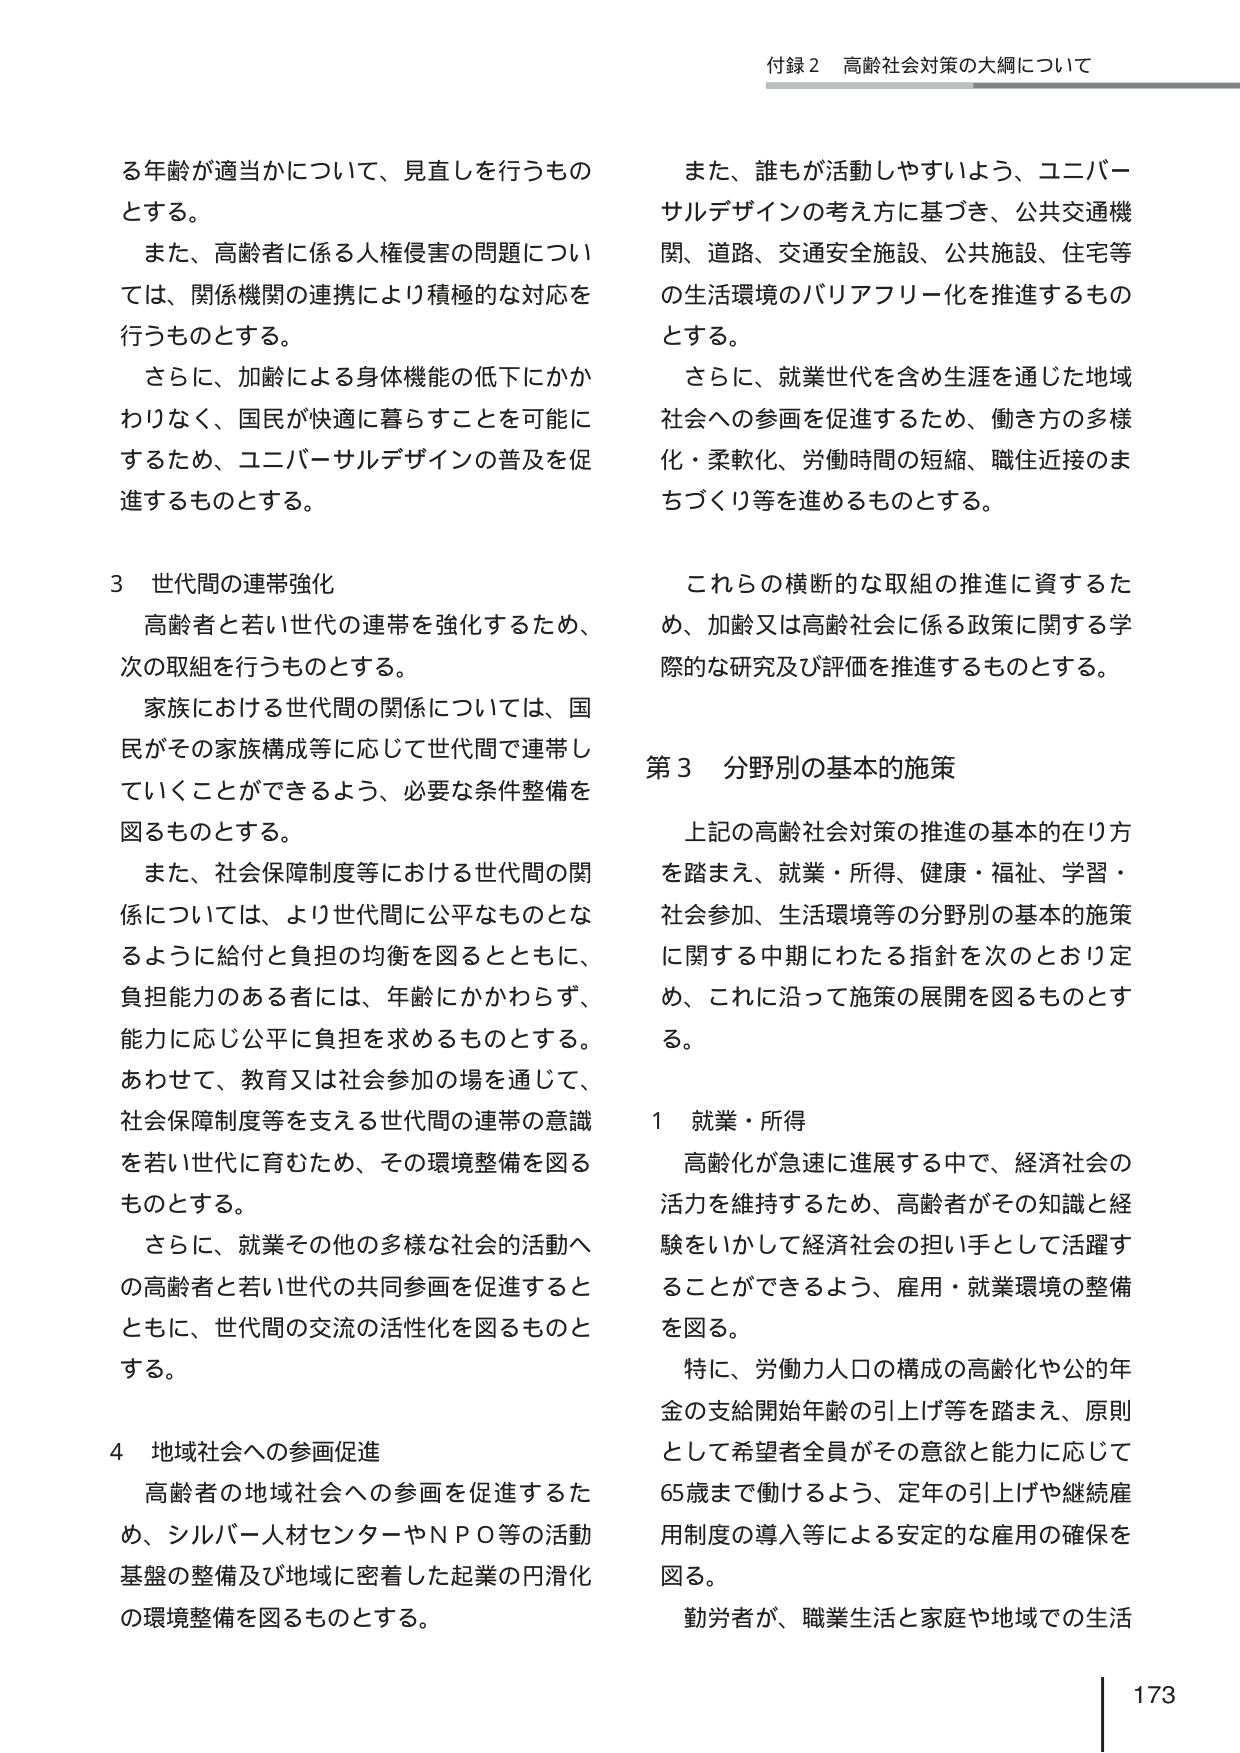
付録２ 高齢社会対策の大綱について

る年齢が適当かについて、見直しを行うものとする。

また、高齢者に係る人権侵害の問題については、関係機関の連携により積極的な対応を行うものとする。

さらに、加齢による身体機能の低下にかかわりなく、国民が快適に暮らすことを可能にするため、ユニバーサルデザインの普及を促進するものとする。

３ 世代間の連帯強化

高齢者と若い世代の連帯を強化するため、次の取組を行うものとする。

家族における世代間の関係については、国民がその家族構成等に応じて世代間で連帯していくことができるよう、必要な条件整備を図るものとする。

また、社会保障制度等における世代間の関係については、より世代間に公平なものとなるように給付と負担の均衡を図るとともに、負担能力のある者には、年齢にかかわらず、能力に応じ公平に負担を求めるものとする。

あわせて、教育又は社会参加の場を通じて、社会保障制度等を支える世代間の連帯の意識を若い世代に育むため、その環境整備を図るものとする。

さらに、就業その他の多様な社会的活動への高齢者と若い世代の共同参画を促進するとともに、世代間の交流の活性化を図るものとする。

４ 地域社会への参画促進

高齢者の地域社会への参画を促進するため、シルバー人材センターやＮＰＯ等の活動基盤の整備及び地域に密着した起業の円滑化の環境整備を図るものとする。

また、誰もが活動しやすいよう、ユニバーサルデザインの考え方に基づき、公共交通機関、道路、交通安全施設、公共施設、住宅等の生活環境のバリアフリー化を推進するものとする。

さらに、就業世代を含め生涯を通じた地域社会への参画を促進するため、働き方の多様化・柔軟化、労働時間の短縮、職住接近のまちづくり等を進めるものとする。

これらの横断的な取組の推進に資するため、加齢又は高齢社会に係る政策に関する学際的な研究及び評価を推進するものとする。

第３ 分野別の基本的施策

上記の高齢社会対策の推進の基本的在り方を踏まえ、就業・所得、健康・福祉、学習・社会参加、生活環境等の分野別の基本的施策に関する中期にわたる指針を次のとおり定め、これに沿って施策の展開を図るものとする。

１ 就業・所得

高齢化が急速に進展する中で、経済社会の活力を維持するため、高齢者がその知識と経験をいかして経済社会の担い手として活躍することができるよう、雇用・就業環境の整備を図る。

特に、労働力人口の構成の高齢化や公的年金の支給開始年齢の引上げ等を踏まえ、原則として希望者全員がその意欲と能力に応じて65歳まで働けるよう、定年の引上げや継続雇用制度の導入等による安定的な雇用の確保を図る。

勤労者が、職業生活と家庭や地域での生活

173